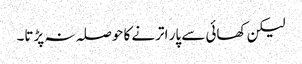
لیکن کھائی سے پار اترنے کا حوصلہ نہ پڑتا۔